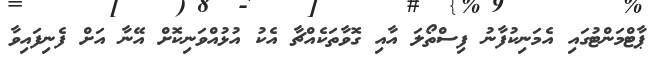
ޕާޓްމަންޓުގައި އެމަނިކުފާނު ފިސްތޯލަ އާއި ގޮވާތަކެއްޗާ އެކު އުޅުއްވަނިކޮށް އޭނާ އަށް ފެނިފައިވާ